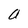
Character: a